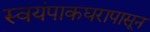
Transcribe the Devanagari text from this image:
स्वयंपाकघरापासून